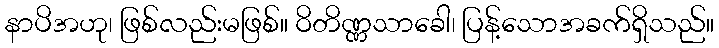
နာပိအဟု၊ ဖြစ်လည်းမဖြစ်။ ဝိတိဏ္ဏသာခေါ၊ ပြန့်သောအခက်ရှိသည်။